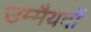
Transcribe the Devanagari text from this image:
उम्मैयदों